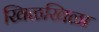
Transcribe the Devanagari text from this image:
खिळखिळा